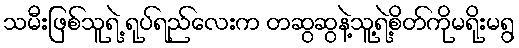
သမီးဖြစ်သူရဲ့ ရုပ်ရည်လေးက တဆွဆွနဲ့သူ့ရဲ့စိတ်ကိုမရိုးမရွ